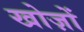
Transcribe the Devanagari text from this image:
खोज़ों